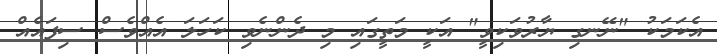
އެކަމަކު "ނޭނގި ޔާރުވަކިވީ" އަކީ މަތީގައި މި ދެންނެވި ކަހަލަ އެއްވެސް ސިފައެއް